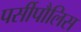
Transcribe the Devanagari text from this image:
पर्सीपौलिस